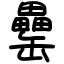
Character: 罍